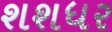
શશધર